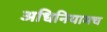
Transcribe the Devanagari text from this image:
अधिनियामच